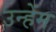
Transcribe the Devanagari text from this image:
उन्हेंम